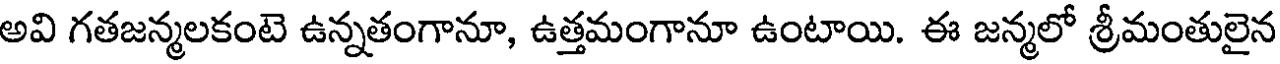
అవి గతజన్మలకంటె ఉన్నతంగానూ, ఉత్తమంగానూ ఉంటాయి. ఈ జన్మలో శ్రీమంతులైన